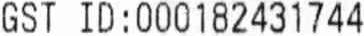
GST ID : 000182431744